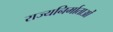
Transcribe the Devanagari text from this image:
राज्यनिर्माताओं